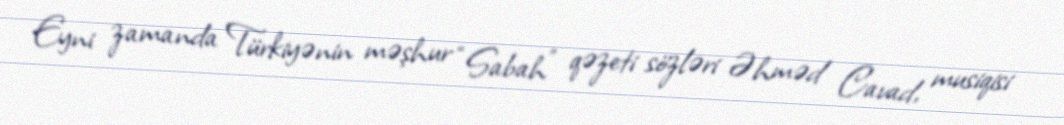
Eyni zamanda Türkiyənin məşhur “Sabah” qəzeti sözləri Əhməd Cavad, musiqisi